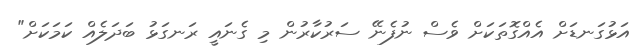
އަޅުގަނޑަށް އެއްގޮތަކަށް ވެސް ނުފެނޭ ސަރުކާރުން މި ގެނައީ ރަނގަޅު ބަދަލެއް ކަމަކަށް"